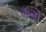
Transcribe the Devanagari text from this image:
कनों